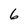
Character: 6